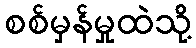
စစ်မှန်မှုထဲသို့